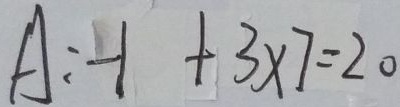
A : - 1 + 3 \times 7 = 2 0